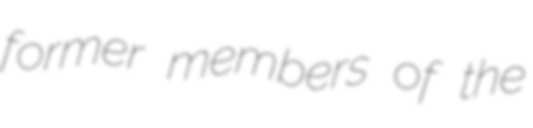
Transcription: former members of the